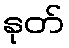
နုတ်